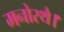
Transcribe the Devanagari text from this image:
मनोरथै।